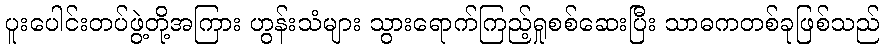
ပူးပေါင်းတပ်ဖွဲ့တို့အကြား ဟွန်းသံများ သွားရောက်ကြည့်ရှုစစ်ဆေးပြီး သာဓကတစ်ခုဖြစ်သည်